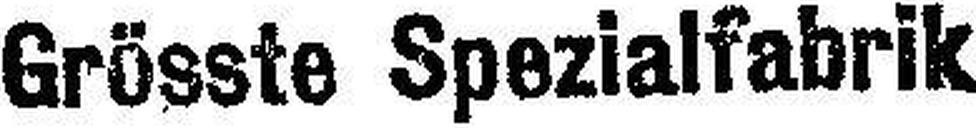
Grösste Spezialfabrik